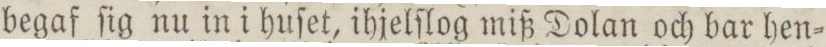
begaf ſig nu in i huſet, ihjelſlog miß Dolan och bar hen=